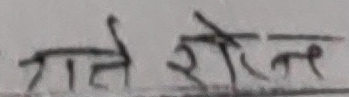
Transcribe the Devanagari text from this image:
जाते रोर्न